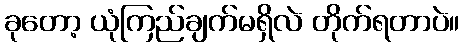
ခုတော့ ယုံကြည်ချက်မရှိလဲ တိုက်ရတာပဲ။